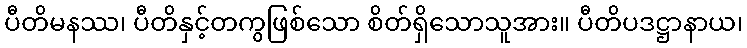
ပီတိမနဿ၊ ပီတိနှင့်တကွဖြစ်သော စိတ်ရှိသောသူအား။ ပီတိပဒဋ္ဌာနာယ၊